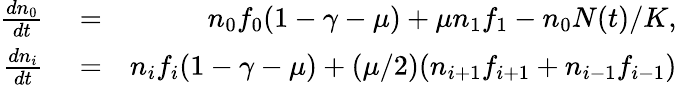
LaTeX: \begin{array}{rlr}{\frac{dn_{0}}{dt}}&{{}=}&{n_{0}f_{0}(1-\gamma-\mu)+\mu n_{1}f_{1}-n_{0}N(t)/K,}\\ {\frac{dn_{i}}{dt}}&{{}=}&{n_{i}f_{i}(1-\gamma-\mu)+(\mu/2)(n_{i+1}f_{i+1}+n_{i-1}f_{i-1})}\end{array}